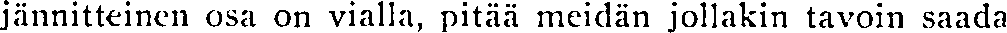
jännitteinen osa on vialla, pitää meidän jollakin tavoin saada